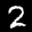
Label: 2